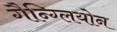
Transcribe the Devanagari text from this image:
गैन्ग्लियोन